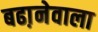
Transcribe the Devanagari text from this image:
बढा़नेवाला